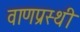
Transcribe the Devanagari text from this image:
वाणप्रस्थी